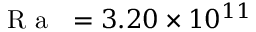
\mathrm { ~ \textit ~ { ~ R ~ a ~ } ~ } = 3 . 2 0 \times 1 0 ^ { 1 1 }